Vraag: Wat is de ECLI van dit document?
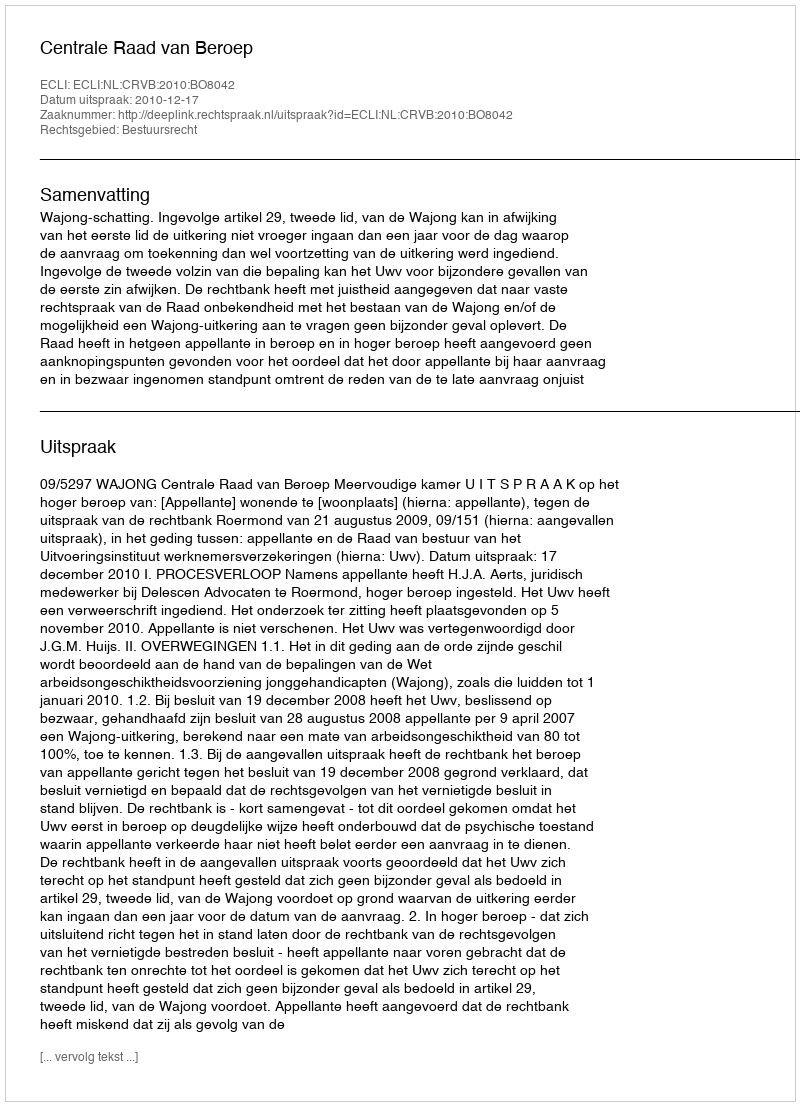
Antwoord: ECLI:NL:CRVB:2010:BO8042